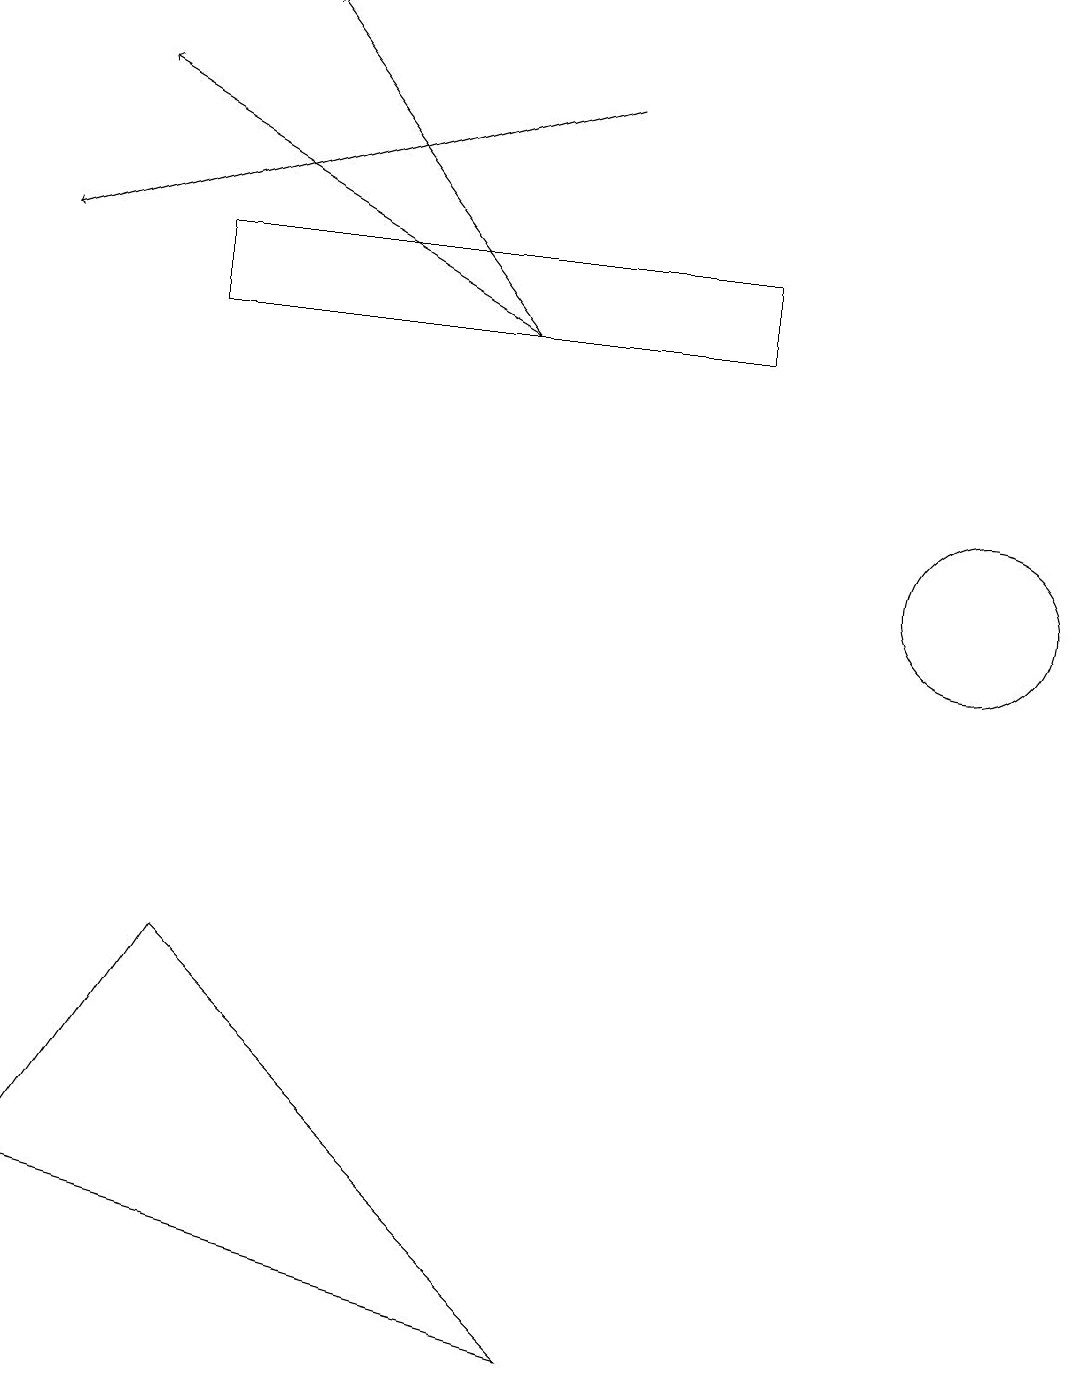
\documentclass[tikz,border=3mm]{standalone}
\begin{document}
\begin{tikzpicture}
\draw (12,11) circle (1);
\draw[->] (6,14) -- (3,18);
\draw (2,6) -- (0,3) -- (7,1) -- cycle;
\draw[->] (6,14) -- (1,17);
\draw (9,15) rectangle (2,14);
\draw[->] (7,17) -- (0,15);
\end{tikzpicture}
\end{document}